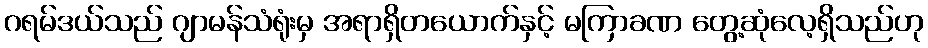
ဂရမ်ဒယ်သည် ဂျာမန်သံရုံးမှ အရာရှိတယောက်နှင့် မကြာခဏ တွေ့ဆုံလေ့ရှိသည်ဟု